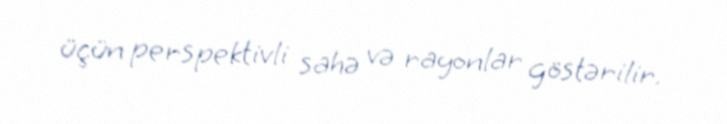
üçün perspektivli sahə və rayonlar göstərilir.